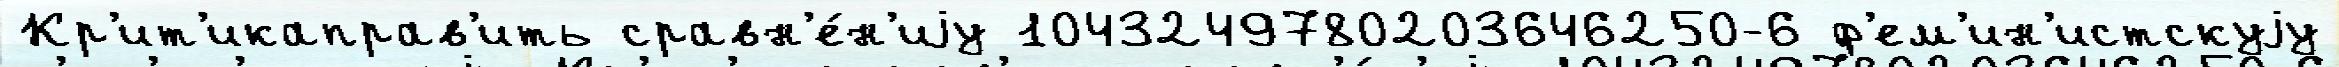
Кр'ит'икаправ'ить сравн'е́н'иjу 1043249780203646250-6 ф'ем'ин'истскуjу